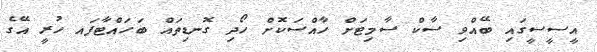
އީސީސީގައި ބޭއްވި ސާކް ސާމިޓަށް ހާއްސަކޮށް ހޯދި ގޮނޑިތައް ބަހައްޓާފައ ހުރީ އޭގެ